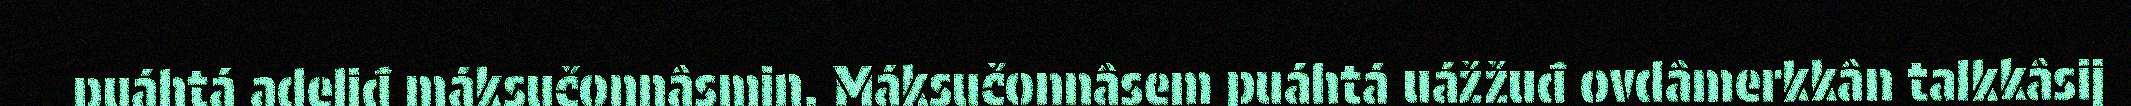
puáhtá adeliđ máksučonnâsmin. Máksučonnâsem puáhtá uážžuđ ovdâmerkkân talkkâsij